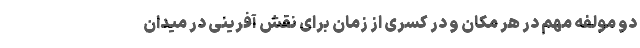
دو مولفه مهم در هر مکان و در کسری از زمان برای نقش آفرینی در میدان